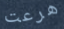
هرعت